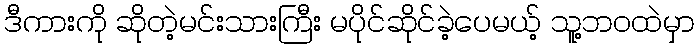
ဒီကားကို ဆိုတဲ့မင်းသားကြီး မပိုင်ဆိုင်ခဲ့ပေမယ့် သူ့ဘဝထဲမှာ